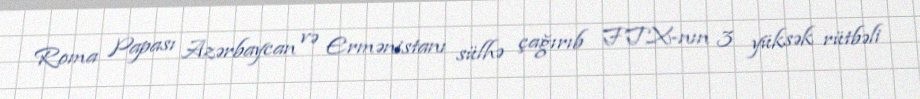
Roma Papası Azərbaycan və Ermənistanı sülhə çağırıb FTX-nın 3 yüksək rütbəli